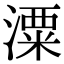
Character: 潥